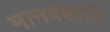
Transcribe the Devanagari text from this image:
मानवशांति